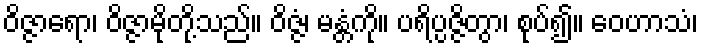
ဝိဇ္ဇာရော၊ ဝိဇ္ဇာမိုတို့သည်။ ဝိဇ္ဇံ၊ မန္တံကို။ ပရိပ္ပဇ္ဇိတွာ၊ စုပ်၍။ ဝေဟာသံ၊